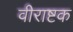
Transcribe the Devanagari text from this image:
वीराष्टक